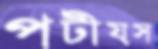
পটীয়স